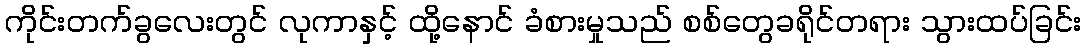
ကိုင်းတက်ခွလေးတွင် လုကာနှင့် ထို့နောင် ခံစားမှုသည် စစ်တွေခရိုင်တရား သွားထပ်ခြင်း